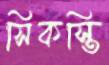
সিকস্তি